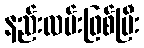
နည်းလမ်းဖြစ်ပြီး